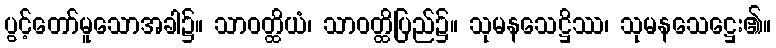
ပွင့်တော်မူသောအခါ၌။ သာဝတ္ထိယံ၊ သာဝတ္ထိပြည်၌။ သုမနသေဋ္ဌိဿ၊ သုမနသေဋ္ဌေး၏။